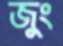
জুং